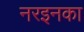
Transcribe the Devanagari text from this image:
नरइनका